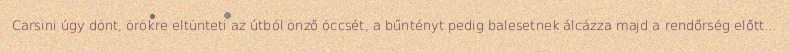
Carsini úgy dönt, örökre eltünteti az útból önző öccsét, a bűntényt pedig balesetnek álcázza majd a rendőrség előtt…